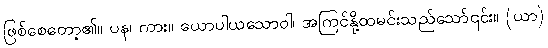
ဖြစ်စေတော့၏။ ပန၊ ကား။ ယောပါယသောဝါ၊ အကြင်နို့ထမင်းသည်သော်၎င်း။ (ယာ)